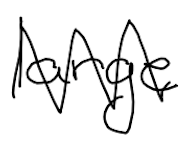
Text: large
Cross-out: zig-zag
Writing tool: digital_black